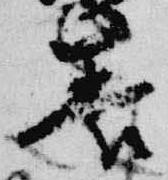
養